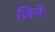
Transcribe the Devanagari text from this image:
ज़िनेः